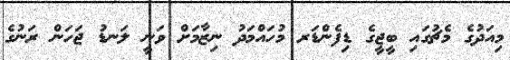
މިއަދުގެ މެޗުގައި ބީޖީގެ ޑިފެންޑަރ މުހައްމަދު ނިޒާމަށް ވަނީ ލަނޑު ޖަހަން ރަނުގެ